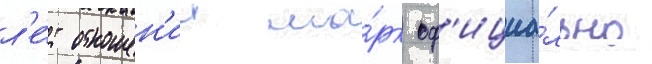
л'е́т отношен'ии ма́рк оф'ициа́льно